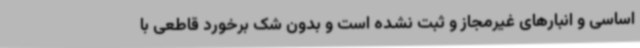
اساسی و انبارهای غیرمجاز و ثبت نشده است و بدون شک برخورد قاطعی با